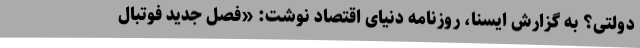
دولتی؟ به گزارش ایسنا، روزنامه دنیای‌ اقتصاد نوشت: «فصل جدید فوتبال